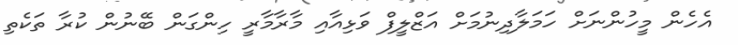
އެހެން މީހުންނަށް ހަމަލާދިނުމަށް އަޒްލީފް ވަޅިއާއި މާރާމާރީ ހިންގަން ބޭނުން ކުރާ ތަކެތި